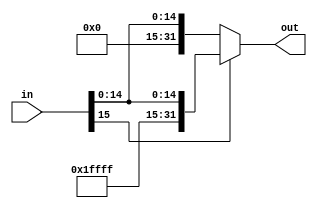
module SignExtend(
	input [15:0] in,
	output reg [31:0] out
);

always @ (*)
	begin 
		if(in[15] == 1'b1)
			out = {16'b1111111111111111, in};
		else
			out = {16'b0, in};
	end
endmodule